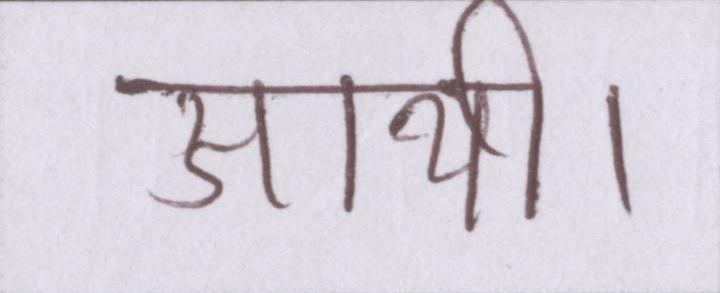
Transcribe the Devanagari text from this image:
आयी।